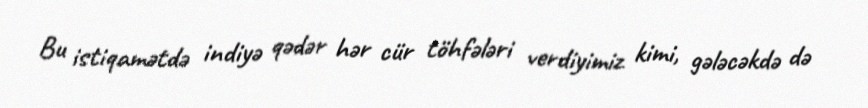
Bu istiqamətdə indiyə qədər hər cür töhfələri verdiyimiz kimi, gələcəkdə də